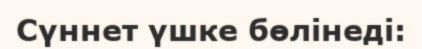
Сүннет үшке бөлінеді: